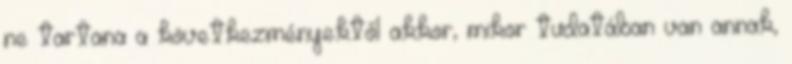
ne tartana a következményektől akkor, mikor tudatában van annak,